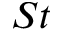
S t